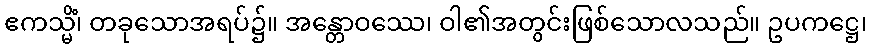
ဧကသ္မိံ၊ တခုသောအရပ်၌။ အန္တောဝဿေ၊ ဝါ၏အတွင်းဖြစ်သောလသည်။ ဥပကဋ္ဌေ၊